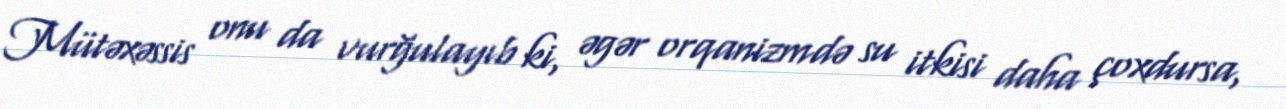
Mütəxəssis onu da vurğulayıb ki, əgər orqanizmdə su itkisi daha çoxdursa,